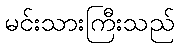
မင်းသားကြီးသည်